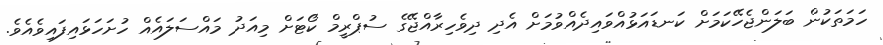
ހަމަތަކުން ބަލަންޖެހޭކަމަށް ކަނޑައަޅުއްވައިދެއްވުމަށް އެދި ދިވެހިރާއްޖޭގެ ސުޕްރީމް ކޯޓަށް މިއަދު މައްސަލައެއް ހުށަހަޅައިފައިވެއެވެ.